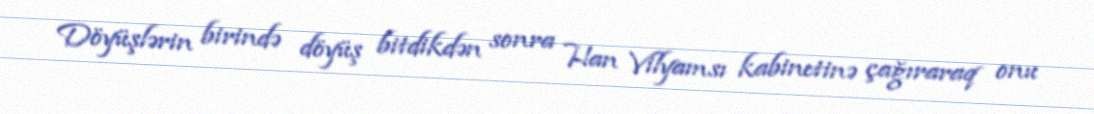
Döyüşlərin birində döyüş bitdikdən sonra Han Vilyamsı kabinetinə çağıraraq onu